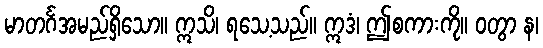
မာတင်္ဂအမည်ရှိသော။ ဣသိ၊ ရသေ့သည်။ ဣဒံ၊ ဤစကားကို။ ဝတွာ န၊